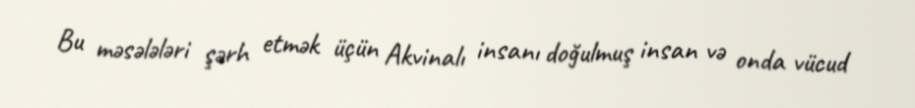
Bu məsələləri şərh etmək üçün Akvinalı insanı doğulmuş insan və onda vücud